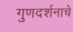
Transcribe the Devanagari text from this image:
गुणदर्शनाचे